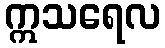
ဣသရေလ